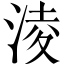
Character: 淩